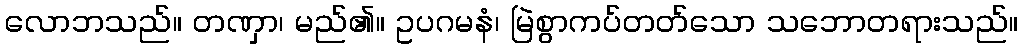
လောဘသည်။ တဏှာ၊ မည်၏။ ဥပဂမနံ၊ မြဲစွာကပ်တတ်သော သဘောတရားသည်။